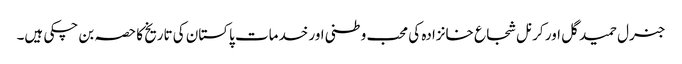
جنرل حمید گل اور کرنل شجاع خانزادہ کی محب وطنی اور خدمات پاکستان کی تاریخ کا حصہ بن چکی ہیں۔